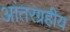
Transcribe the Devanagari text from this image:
आंतरग्रहीय